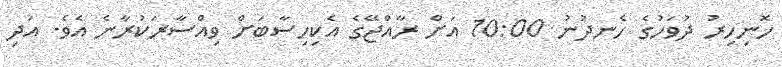
ހޮނިހިރު ދުވަހުގެ ހެނދުނު 10:00 އަށް ރާއްޖޭގެ އެކިހިސާބަށް ވިއްސާރަކުރާނެ އެވެ. އަދި